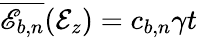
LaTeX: \overline{{\mathscr{E}_{b,n}}}(\mathcal{E}_{z})=c_{b,n}\gamma t